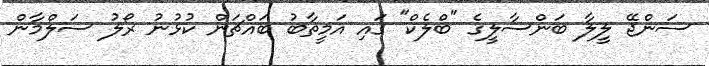
ސަންޖޭ ލީލާ ބަންސާލީގެ "ބްލެކް" ގައި އަމީތާބު ބައްޗަން ކުޅުނު ރޯލު ސަލްމާން